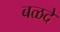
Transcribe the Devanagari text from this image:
बळदे